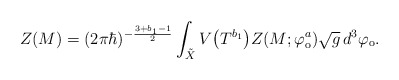
\begin{align*}Z(M)=(2\pi\hbar)^{-\frac{3+b_1-1}{2}} \int_{\tilde{X}} V\big(T^{b_1}\big) Z(M;\varphi_{\rm o}^a)\sqrt{g}\,d^3\varphi_{\rm o}. \end{align*}